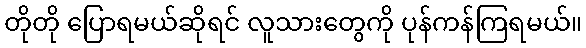
တိုတို ပြောရမယ်ဆိုရင် လူသားတွေကို ပုန်ကန်ကြရမယ်။